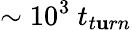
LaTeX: \sim10^{3}~t_{t\mathbf{u}rn}